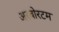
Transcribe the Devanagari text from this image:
अरबोरटम